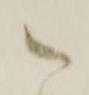
御